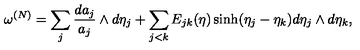
\omega \sp { ( N ) } = \sum _ { j } \frac { d a _ { j } } { a _ { j } } \wedge d \eta _ { j } + \sum _ { j < k } E _ { j k } ( \eta ) \sinh ( \eta _ { j } - \eta _ { k } ) d \eta _ { j } \wedge d \eta _ { k } ,